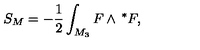
S _ { M } = - \frac 1 2 \int _ { M _ { 3 } } F \wedge { \thinspace } ^ { * } F ,